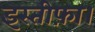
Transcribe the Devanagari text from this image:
इस्तीफ़ा।